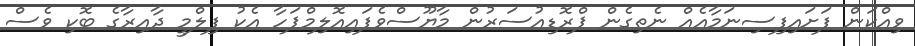
ވިއްކަން ފަށައިފިސިނަމާއެއް ނެތިގެން ޕްރޮޑިއުސަރުން މާޔޫސްވެފައިއޮލިމްޕަހާ އެކު ފިލްމީ ދާއިރާގެ ބޮކި ވެސް